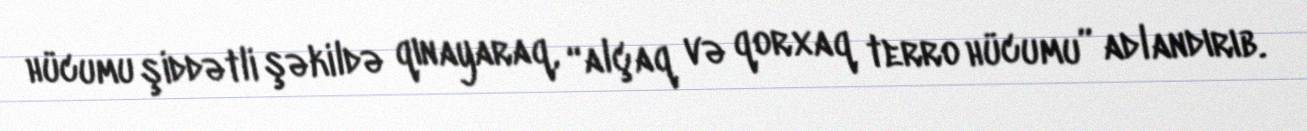
hücumu şiddətli şəkildə qınayaraq, “alçaq və qorxaq terro hücumu” adlandırıb.